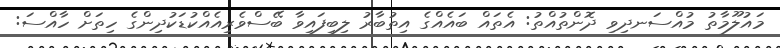
މައުލޫމާތު މުއްސަނދިވި ދޮންތުއްތު: އެތައް ބައެއްގެ އިތުބާރު ލިބިފައިވާ ބޭސްވެރިއެއްކުޑަކުދިންގެ ހިތަށް ހާއްސަ: